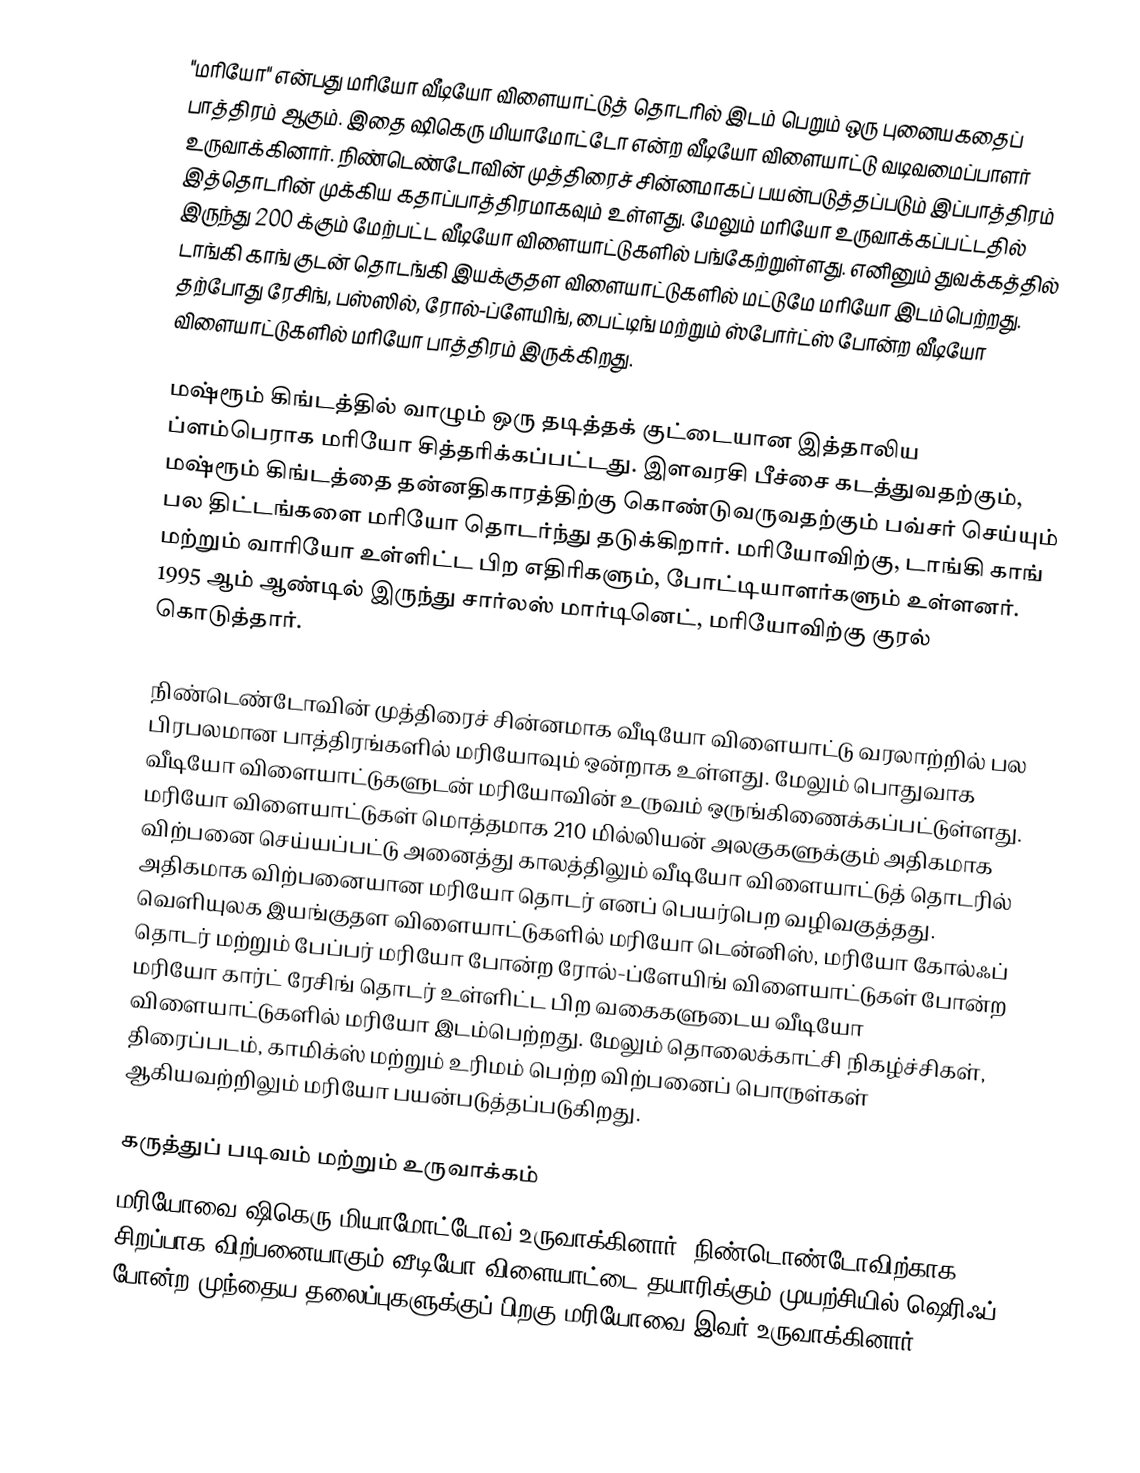
"மரியோ" என்பது மரியோ வீடியோ விளையாட்டுத் தொடரில் இடம் பெறும் ஒரு புனையகதைப் பாத்திரம் ஆகும். இதை ஷிகெரு மியாமோட்டோ என்ற வீடியோ விளையாட்டு வடிவமைப்பாளர் உருவாக்கினார். நிண்டெண்டோவின் முத்திரைச் சின்னமாகப் பயன்படுத்தப்படும் இப்பாத்திரம் இத்தொடரின் முக்கிய கதாப்பாத்திரமாகவும் உள்ளது. மேலும் மரியோ உருவாக்கப்பட்டதில் இருந்து 200 க்கும் மேற்பட்ட வீடியோ விளையாட்டுகளில் பங்கேற்றுள்ளது. எனினும் துவக்கத்தில் டாங்கி காங் குடன் தொடங்கி இயக்குதள விளையாட்டுகளில் மட்டுமே மரியோ இடம்பெற்றது. தற்போது ரேசிங், பஸ்ஸில், ரோல்-ப்ளேயிங், பைட்டிங் மற்றும் ஸ்போர்ட்ஸ் போன்ற வீடியோ விளையாட்டுகளில் மரியோ பாத்திரம் இருக்கிறது.

மஷ்ரூம் கிங்டத்தில் வாழும் ஒரு தடித்தக் குட்டையான இத்தாலிய ப்ளம்பெராக மரியோ சித்தரிக்கப்பட்டது. இளவரசி பீச்சை கடத்துவதற்கும், மஷ்ரூம் கிங்டத்தை தன்னதிகாரத்திற்கு கொண்டுவருவதற்கும் பவ்சர் செய்யும் பல திட்டங்களை மரியோ தொடர்ந்து தடுக்கிறார். மரியோவிற்கு, டாங்கி காங் மற்றும் வாரியோ உள்ளிட்ட பிற எதிரிகளும், போட்டியாளர்களும் உள்ளனர். 1995 ஆம் ஆண்டில் இருந்து சார்லஸ் மார்டினெட், மரியோவிற்கு குரல் கொடுத்தார்.

நிண்டெண்டோவின் முத்திரைச் சின்னமாக வீடியோ விளையாட்டு வரலாற்றில் பல பிரபலமான பாத்திரங்களில் மரியோவும் ஒன்றாக உள்ளது. மேலும் பொதுவாக வீடியோ விளையாட்டுகளுடன் மரியோவின் உருவம் ஒருங்கிணைக்கப்பட்டுள்ளது. மரியோ விளையாட்டுகள் மொத்தமாக 210 மில்லியன் அலகுகளுக்கும் அதிகமாக விற்பனை செய்யப்பட்டு அனைத்து காலத்திலும் வீடியோ விளையாட்டுத் தொடரில் அதிகமாக விற்பனையான மரியோ தொடர் எனப் பெயர்பெற வழிவகுத்தது. வெளியுலக இயங்குதள விளையாட்டுகளில் மரியோ டென்னிஸ், மரியோ கோல்ஃப் தொடர் மற்றும் பேப்பர் மரியோ போன்ற ரோல்-ப்ளேயிங் விளையாட்டுகள் போன்ற மரியோ கார்ட் ரேசிங் தொடர் உள்ளிட்ட பிற வகைகளுடைய வீடியோ விளையாட்டுகளில் மரியோ இடம்பெற்றது. மேலும் தொலைக்காட்சி நிகழ்ச்சிகள், திரைப்படம், காமிக்ஸ் மற்றும் உரிமம் பெற்ற விற்பனைப் பொருள்கள் ஆகியவற்றிலும் மரியோ பயன்படுத்தப்படுகிறது.

கருத்துப் படிவம் மற்றும் உருவாக்கம்
மரியோவை ஷிகெரு மியாமோட்டோவ் உருவாக்கினார். நிண்டொண்டோவிற்காக சிறப்பாக விற்பனையாகும் வீடியோ விளையாட்டை தயாரிக்கும் முயற்சியில் ஷெரிஃப் போன்ற முந்தைய தலைப்புகளுக்குப் பிறகு மரியோவை இவர் உருவாக்கினார்.